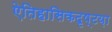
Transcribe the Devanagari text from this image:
ऐतिहासिकदृष्टय़ा